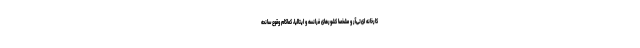
کارخانه ای‌تی‌آر و مشخصا کشورهای فرانسه و ایتالیا، کماکام وقوع سانحه